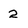
Character: 2